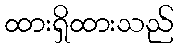
ထားရှိထားသည်